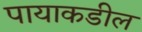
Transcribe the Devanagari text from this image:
पायाकडील